Lunatic asylums in Bengal annual reports 1888-1898 - 1888-1898
Year: 1888
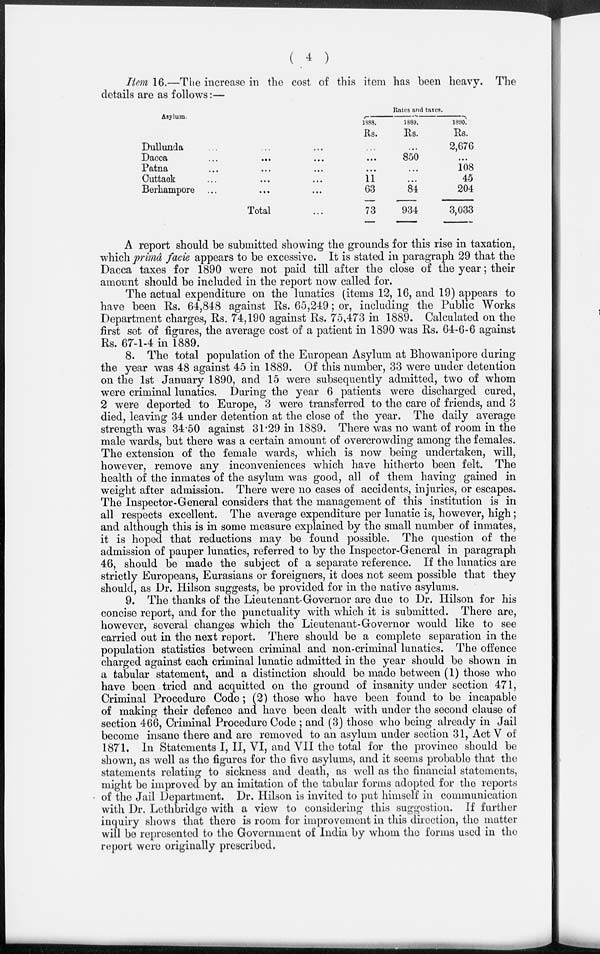
( 4 )
Item 16.—The increase in the cost of this item has been heavy. The
details are as follows:—
Asylum.
Dullunda ... ... ...
Dacca ... ... ...
Patna ... ... ...
Cuttack ... ... ...
Berhampore ... ... ...
Total ...
Rates and taxes.
1888.
Rs.
...
...
...
11
63
73
1889.
Rs.
...
850
...
...
84
934
1890.
Rs.
2,676
...
108
45
204
3,033
A report should be submitted showing the grounds for this rise in taxation,
which primâ facie appears to be excessive. It is stated in paragraph 29 that the
Dacca taxes for 1890 were not paid till after the close of the year; their
amount should be included in the report now called for.
The actual expenditure on the lunatics (items 12, 16, and 19) appears to
have been Rs. 64,848 against Rs. 65,249; or, including the Public Works
Department charges, Rs. 74,190 against Rs. 75,473 in 1889. Calculated on the
first set of figures, the average cost of a patient in 1890 was Rs. 64-6-6 against
Rs. 67-1-4 in 1889.
8. The total population of the European Asylum at Bhowanipore during
the year was 48 against 45 in 1889. Of this number, 33 were under detention
on the 1st January 1890, and 15 were subsequently admitted, two of whom
were criminal lunatics. During the year 6 patients were discharged cured,
2 were deported to Europe, 3 were transferred to the care of friends, and 3
died, leaving 34 under detention at the close of the year. The daily average
strength was 34.50 against 31.29 in 1889. There was no want of room in the
male wards, but there was a certain amount of overcrowding among the females.
The extension of the female wards, which is now being undertaken, will,
however, remove any inconveniences which have hitherto been felt. The
health of the inmates of the asylum was good, all of them having gained in
weight after admission. There were no cases of accidents, injuries, or escapes.
The Inspector-General considers that the management of this institution is in
all respects excellent. The average expenditure per lunatic is, however, high;
and although this is in some measure explained by the small number of inmates,
it is hoped that reductions may be found possible. The question of the
admission of pauper lunatics, referred to by the Inspector-General in paragraph
46, should be made the subject of a separate reference. If the lunatics are
strictly Europeans, Eurasians or foreigners, it does not seem possible that they
should, as Dr. Hilson suggests, be provided for in the native asylums.
9. The thanks of the Lieutenant-Governor are due to Dr. Hilson for his
concise report, and for the punctuality with which it is submitted. There are,
however, several changes which the Lieutenant-Governor would like to see
carried out in the next report. There should be a complete separation in the
population statistics between criminal and non-criminal lunatics. The offence
charged against each criminal lunatic admitted in the year should be shown in
a tabular statement, and a distinction should be made between (1) those who
have been tried and acquitted on the ground of insanity under section 471,
Criminal Procedure Code; (2) those who have been found to be incapable
of making their defence and have been dealt with under the second clause of
section 466, Criminal Procedure Code ; and (3) those who being already in Jail
become insane there and are removed to an asylum under section 31, Act V of
1871. In Statements I, II, VI, and VII the total for the province should be
shown, as well as the figures for the five asylums, and it seems probable that the
statements relating to sickness and death, as well as the financial statements,
might be improved by an imitation of the tabular forms adopted for the reports
of the Jail Department. Dr. Hilson is invited to put himself in communication
with Dr. Lethbridge with a view to considering this suggestion. If further
inquiry shows that there is room for improvement in this direction, the matter
will be represented to the Government of India by whom the forms used in the
report were originally prescribed.